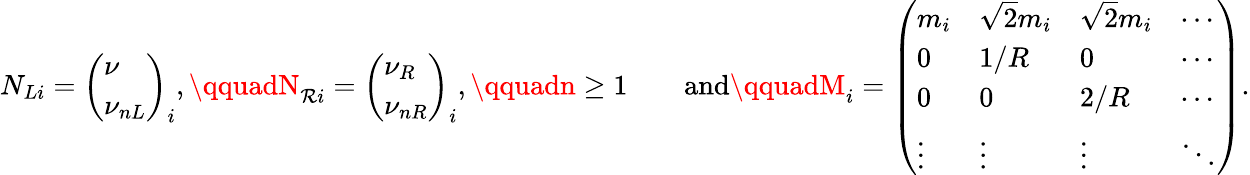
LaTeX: N_{Li}=\left(\begin{array}{l}{{\nu}}\\ {{\nu_{nL}}}\end{array}\right)_{i},\qquadN_{\mathcal{R}i}=\left(\begin{array}{l}{{\nu_{R}}}\\ {{\nu_{nR}}}\end{array}\right)_{i},\qquadn\ge1\qquad\mathrm{{and}}\qquadM_{i}=\left(\begin{array}{llll}{{m_{i}}}&{{\sqrt{2}m_{i}}}&{{\sqrt{2}m_{i}}}&{{\cdots}}\\ {{0}}&{{1/R}}&{{0}}&{{\cdots}}\\ {{0}}&{{0}}&{{2/R}}&{{\cdots}}\\ {{\vdots}}&{{\vdots}}&{{\vdots}}&{{\ddots}}\end{array}\right).